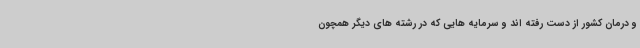
و درمان کشور از دست رفته اند و سرمایه هایی که در رشته های دیگر همچون